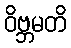
ဝိဗ္ဘမတိ